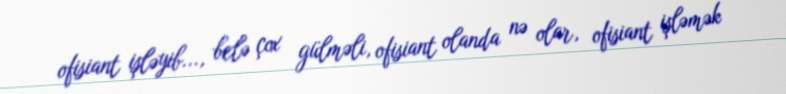
ofisiant işləyib..., belə çox gülməli, ofisiant olanda nə olar, ofisiant işləmək